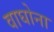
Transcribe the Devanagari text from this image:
वाघोना